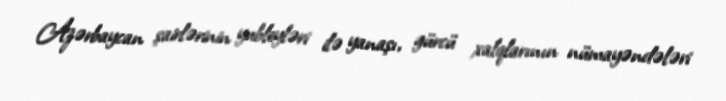
Azərbaycan şairlərinin yubleyləri ilə yanaşı, gürcü xalqlarının nümayəndələri